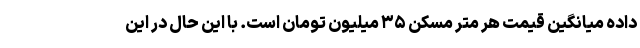
داده میانگین قیمت هر متر مسکن ۳۵ میلیون تومان است. با این حال در این